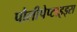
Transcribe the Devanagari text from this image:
पौलीपेप्टाइड्स